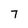
Character: 7